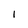
Character: I